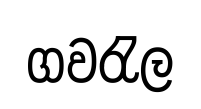
ගවරැල